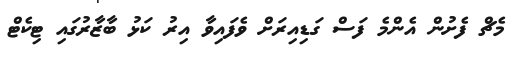
މެޗް ފެށުން އެންމެ ފަސް ގަޑިއިރަށް ވެފައިވާ އިރު ކަޅު ބާޒާރުގައި ޓިކެޓް